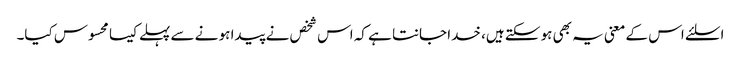
اسلئے اس کے معنی یہ بھی ہو سکتے ہیں، خدا جانتا ہے کہ اس شخص نے پیدا ہو نے سے پہلے کیسا محسوس کیا۔